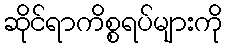
ဆိုင်ရာကိစ္စရပ်များကို